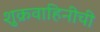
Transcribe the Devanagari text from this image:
शुक्रवाहिनीची